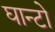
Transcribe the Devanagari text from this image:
घान्टो